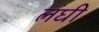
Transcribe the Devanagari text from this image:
लंघी